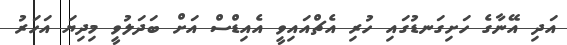
އަދި އޭނާގެ ހަށިގަނޑުގައި ހުރި އެޗްއައިވީ އެއިޑްސް އަށް ބަދަލުވީ މިދިޔަ އަހަރު